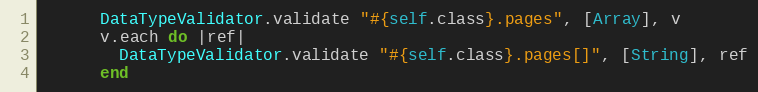
Language: Ruby
      DataTypeValidator.validate "#{self.class}.pages", [Array], v
      v.each do |ref|
        DataTypeValidator.validate "#{self.class}.pages[]", [String], ref
      end